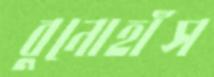
বুনোহাঁস